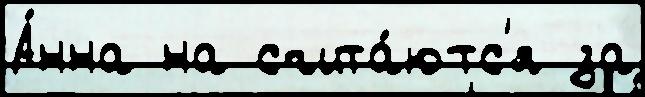
А́нна на счита́ютс'я за